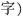
字)